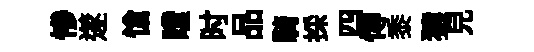
慘𨗹愴瞠时品騎採四慱黍猿兒